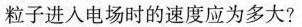
粒子进入电场时的速度应为多大?